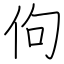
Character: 佝